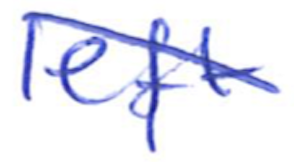
Text: left
Cross-out: diagonal
Writing tool: ballpoint